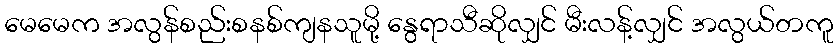
မေမေက အလွန်စည်းစနစ်ကျနသူမို့ နွေရာသီဆိုလျှင် မီးလန့်လျှင် အလွယ်တကူ